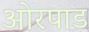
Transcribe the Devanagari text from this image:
ओरपाड